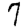
Digit: 7